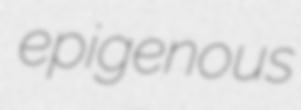
epigenous